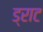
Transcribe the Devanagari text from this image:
ड्राट